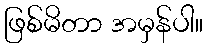
ဖြစ်မိတာ အမှန်ပါ။